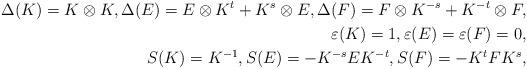
LaTeX: \begin{align*}\Delta(K)=K \otimes K, \Delta(E)=E \otimes K^t + K^s \otimes E, \Delta(F)=F \otimes K^{-s} + K^{-t} \otimes F,\\\varepsilon(K) = 1, \varepsilon(E) = \varepsilon(F) = 0,\\S(K) = K^{-1}, S(E) = -K^{-s} E K^{-t}, S(F) = -K^t F K^s,\end{align*}